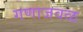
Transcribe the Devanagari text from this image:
गणाजवळ